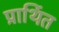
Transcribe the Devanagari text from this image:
प्रार्थित